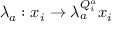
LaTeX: \lambda _ { a } : x _ { i } \rightarrow \lambda _ { a } ^ { Q _ { i } ^ { a } } x _ { i }